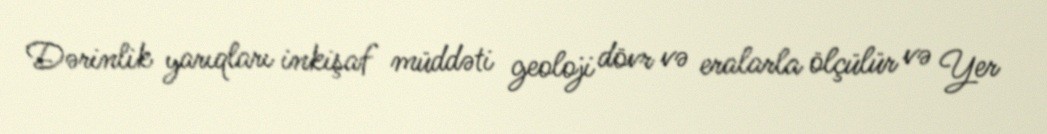
Dərinlik yarıqları inkişaf müddəti geoloji dövr və eralarla ölçülür və Yer